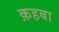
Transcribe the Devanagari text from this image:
क़हबा